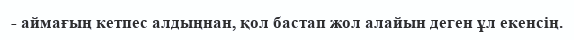
- аймағың кетпес алдыңнан, қол бастап жол алайын деген ұл екенсің.